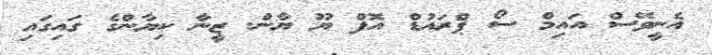
އެނީވޭސް އައިމް ސޯ ޕްރައުޑް އޮފް ޔޫ ޔާން. ޒީނާ ކިޔާންގެ ގައިގައި